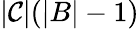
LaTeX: |\mathcal{C}|(|B|-1)